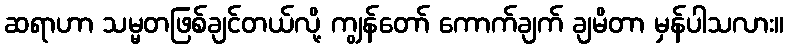
ဆရာဟာ သမ္မတဖြစ်ချင်တယ်လို့ ကျွန်တော် ကောက်ချက် ချမိတာ မှန်ပါသလား။